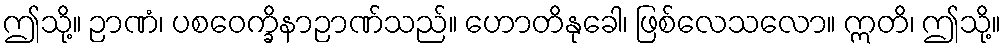
ဤသို့။ ဉာဏံ၊ ပစဝေက္ခိနာဉာဏ်သည်။ ဟောတိနုခေါ၊ ဖြစ်လေသလော။ ဣတိ၊ ဤသို့။